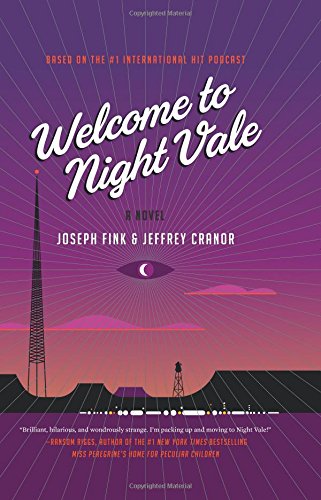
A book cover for Welcome to Night Vale: A Novel; Joseph Fink; Science Fiction & Fantasy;